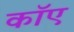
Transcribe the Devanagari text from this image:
काॅए